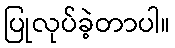
ပြုလုပ်ခဲ့တာပါ။